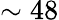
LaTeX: \sim 48